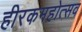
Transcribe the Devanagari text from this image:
हीरकमहोत्सव